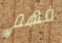
فهم